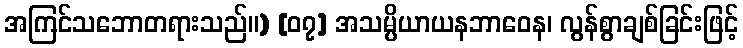
အကြင်သဘောတရားသည်။) [၀၇] အသမ္ပိယာယနဘာဝေန၊ လွန်စွာချစ်ခြင်းဖြင့်